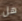
هل